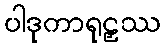
ပါဒုကာရုဠှဿ